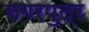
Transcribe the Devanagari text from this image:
सगरपुत्र